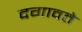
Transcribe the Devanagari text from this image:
दगावते